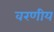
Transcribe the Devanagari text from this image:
वरणीय